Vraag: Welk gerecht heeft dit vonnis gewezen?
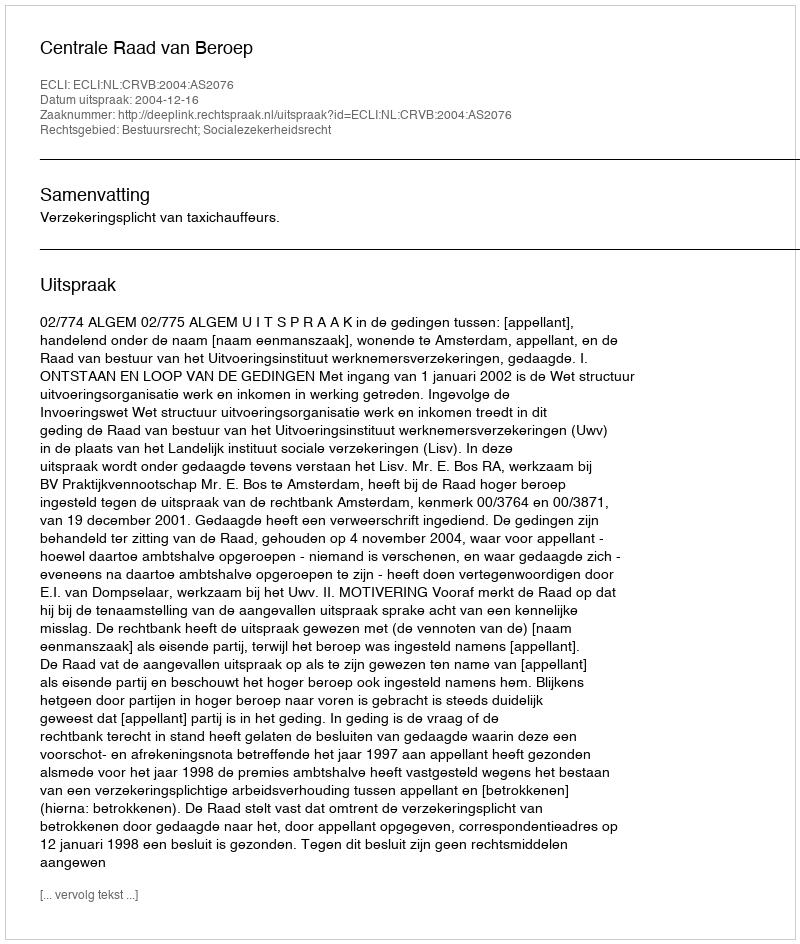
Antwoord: Centrale Raad van Beroep